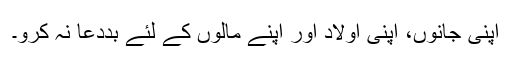
اپنی جانوں، اپنی اولاد اور اپنے مالوں کے لئے بددعا نہ کرو۔